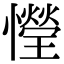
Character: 𢣙